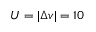
U = | \Delta v | = 1 0